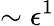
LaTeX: \sim\epsilon^{1}